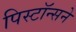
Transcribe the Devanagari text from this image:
पिस्टॉन्सने